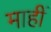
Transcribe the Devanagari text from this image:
माहीं